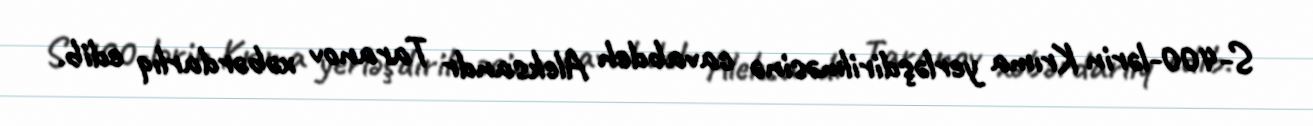
S-400-lərin Krıma yerləşdirilməsinə cavabdeh Aleksandr Taranov xəbərdarlıq edib.